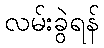
လမ်းခွဲရန်